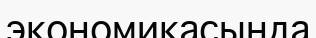
экономикасында